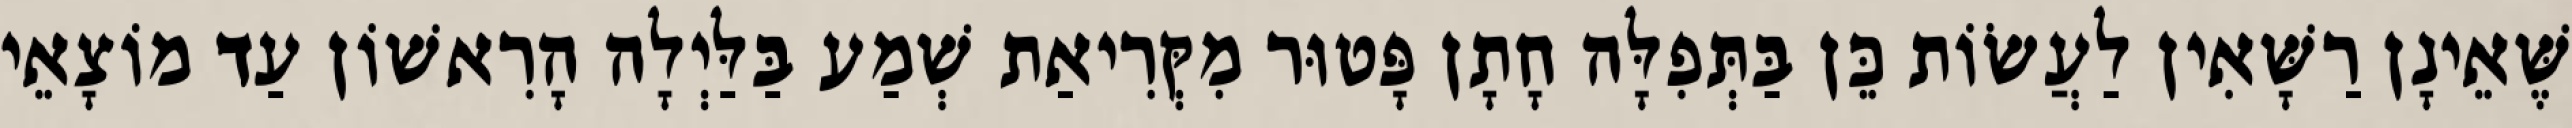
שֶּׁאֵינָן רַשָּׁאִין לַעֲשׂוֹת כֵּן בַּתְּפִלָּה חָתָן פָּטוּר מִקְּרִיאַת שְׁמַע בַּלַּיְלָה הָרִאשׁוֹן עַד מוֹצָאֵי